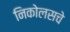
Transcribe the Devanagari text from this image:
निकोलसचे